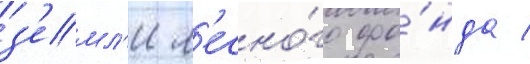
з'емл'и л'есно́го фо́нда /